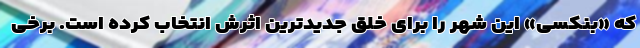
که «بنکسی» این شهر را برای خلق جدیدترین اثرش انتخاب کرده است. برخی